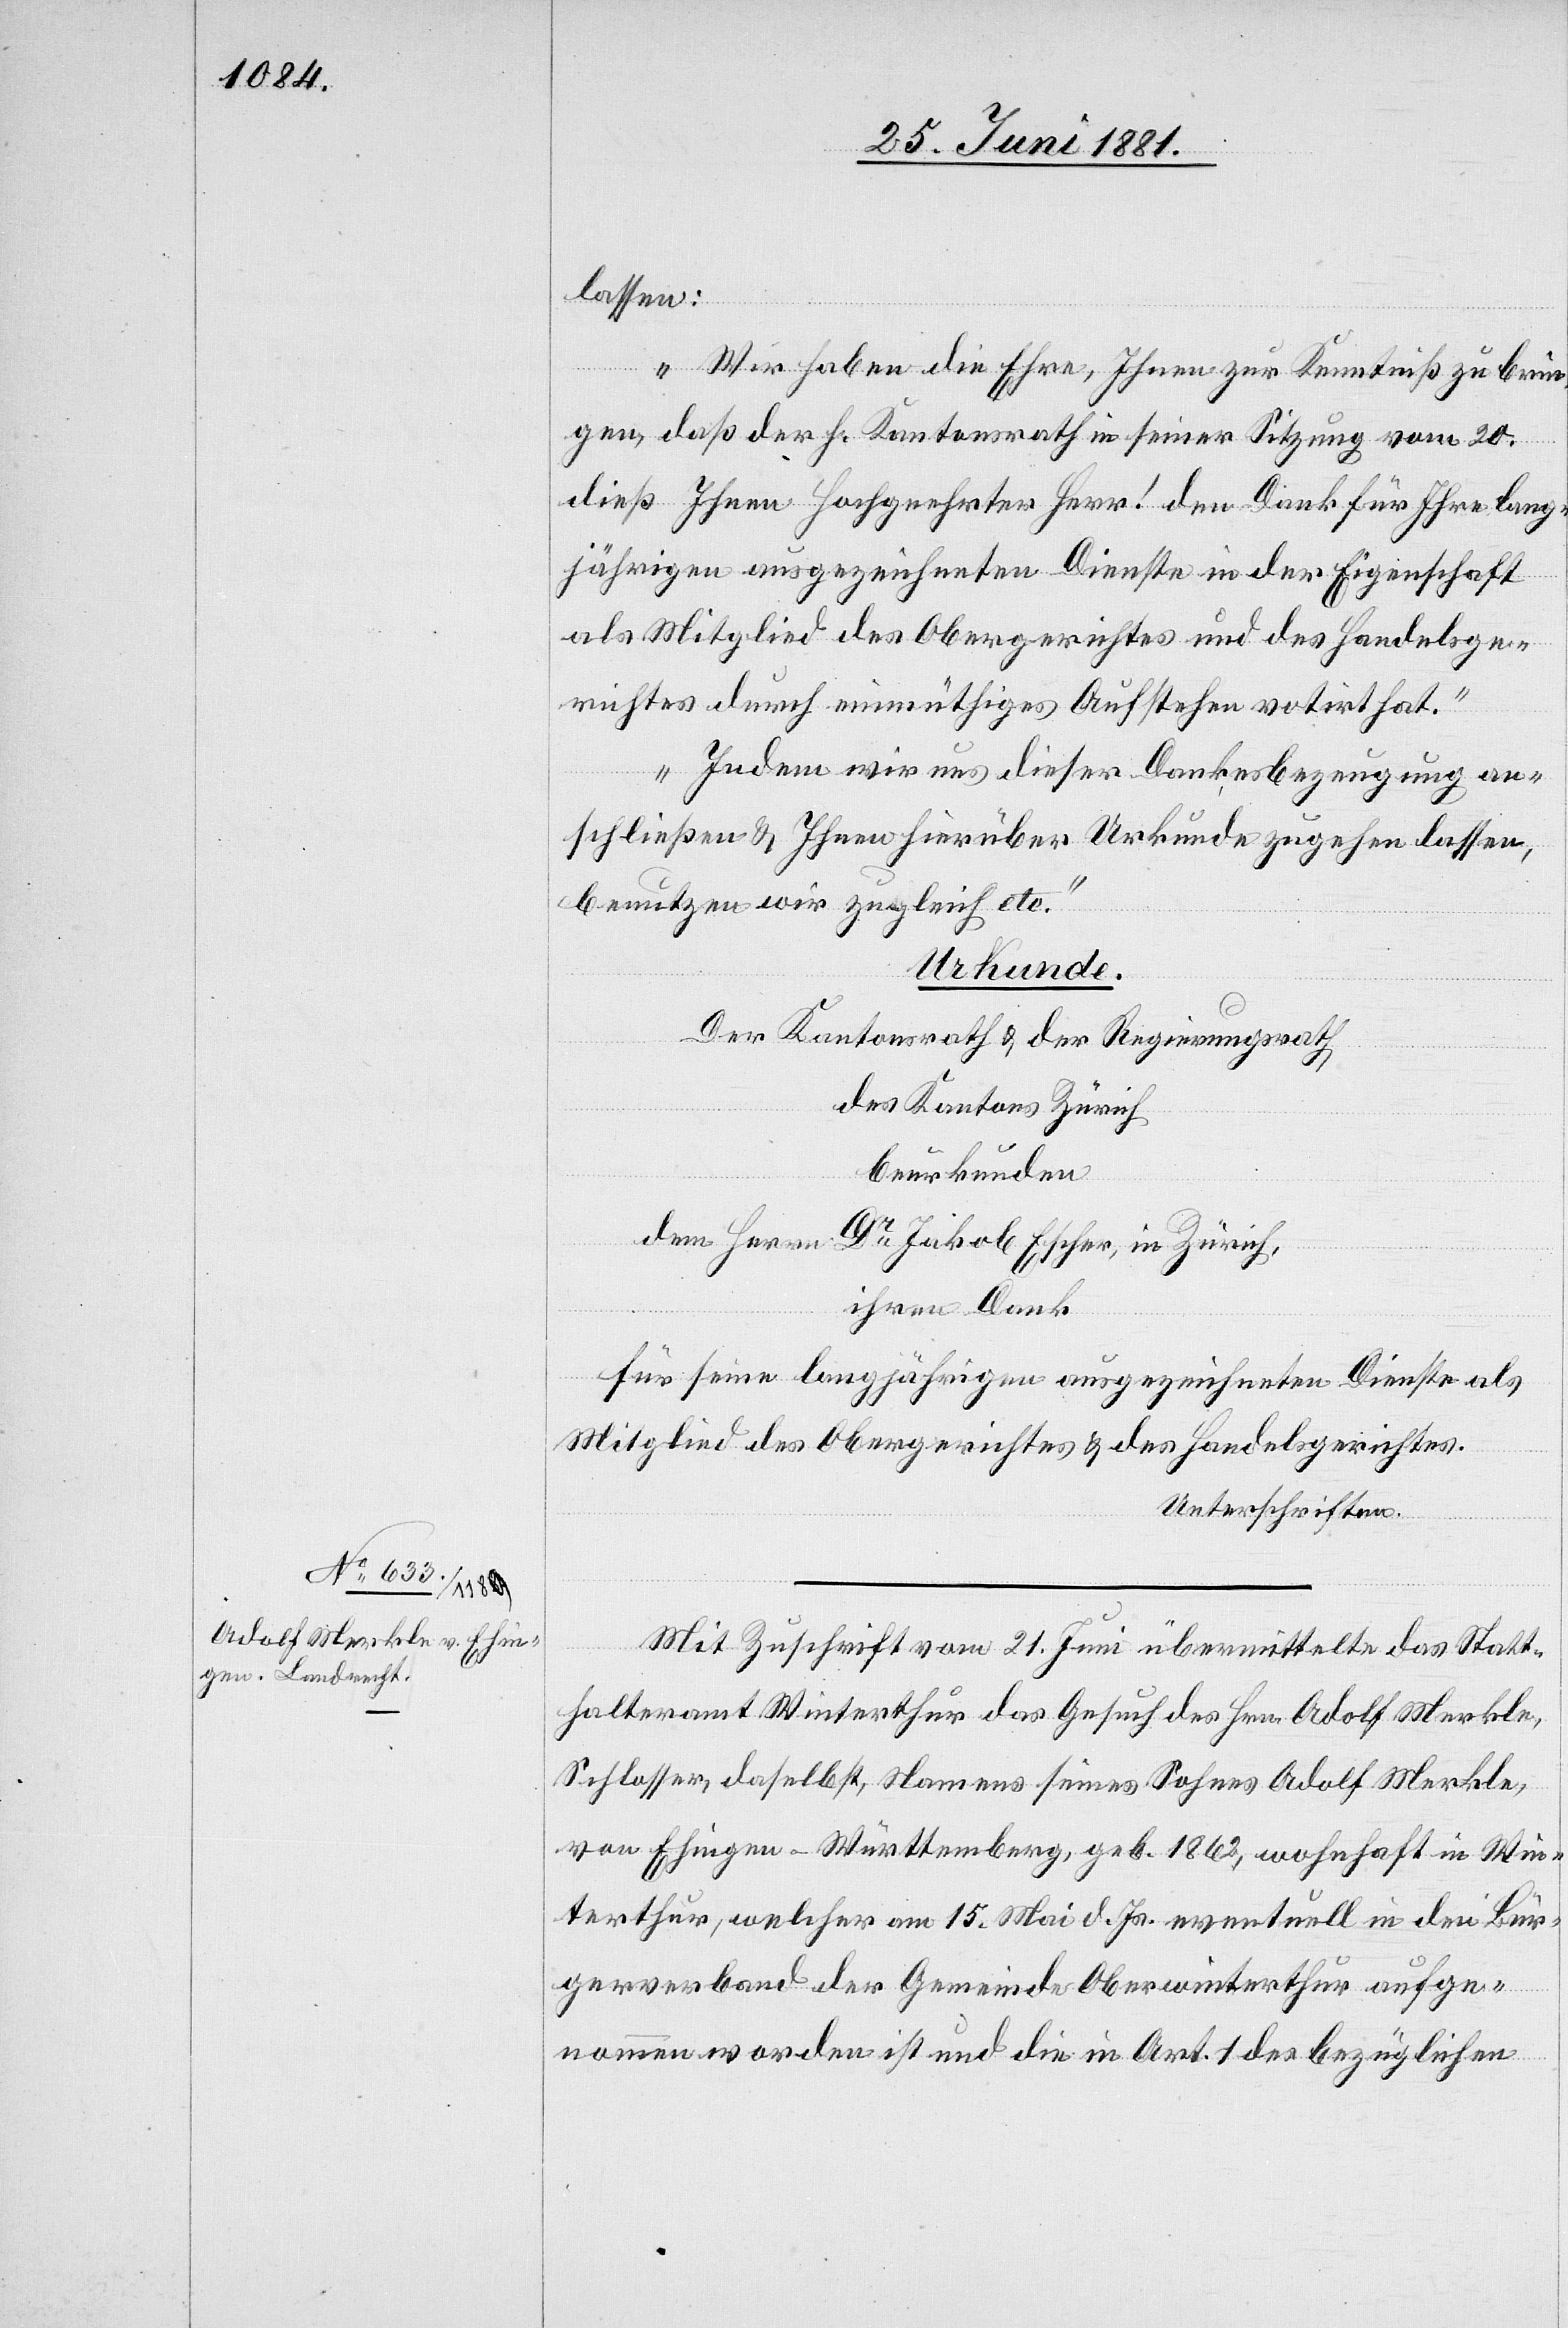
lassen:
„Wir haben die Ehre, Ihnen zur Kenntniß zu brin¬
gen, daß der h. Kantonsrath in seiner Sitzung vom 20.
dieß Ihnen hochgeehrter Herr! den Dank für Ihre lang¬
jährigen ausgezeichneten Dienste in der Eigenschaft
als Mitglied des Obergerichtes und des Handelsge¬
richtes durch einmüthiges Aufstehen votirt hat.
Indem wir uns dieser Dankesbezeugung an¬
schließen & Ihnen hierüber Urkunde zugehen lassen,
benutzen wir zugleich etc.“
Urkunde.
Der Kantonsrath & der Regierungsrath
des Kantons Zürich
beurkunden
dem Herrn Dr Jakob Escher, in Zürich,
ihren Dank
für seine langjährigen ausgezeichneten Dienste als
Mitglied des Obergerichtes & des Handelsgerichtes.
Unterschriften.
Mit Zuschrift vom 21. Juni übermittelte das Statt¬
halteramt Winterthur das Gesuch des Hrn. Adolf Merkle,
Schlosser, daselbst, Namens seines Sohnes Adolf Merkle,
von Ehingen - Württemberg, geb. 1862, wohnhaft in Win¬
terthur, welcher am 15. Mai d. Js. eventuell in den Bür¬
gerverband der Gemeinde Oberwinterthur aufge¬
nommen worden ist und die in Art. 1 des bezüglichen